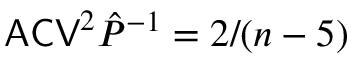
\mathsf { A C V } ^ { 2 } \hat { P } ^ { - 1 } = 2 / ( n - 5 )